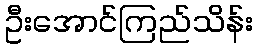
ဦးအောင်ကြည်သိန်း